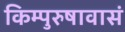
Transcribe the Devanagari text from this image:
किम्पुरुषावासं